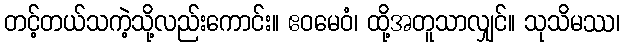
တင့်တယ်သကဲ့သို့လည်းကောင်း။ ဧဝမေဝံ၊ ထို့အတူသာလျှင်။ သုသိမဿ၊